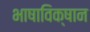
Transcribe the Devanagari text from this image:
भाषाविक्षान